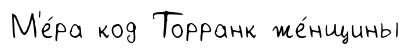
М'е́ра код Торранк же́нщины